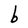
Character: b